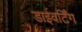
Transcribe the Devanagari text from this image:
डाईवर्टिंग